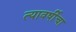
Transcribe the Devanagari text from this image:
त्यावर्षीचा